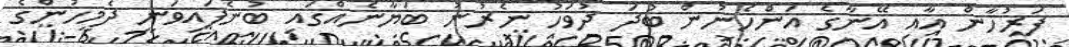
ފަރުހާން އާއި އޭނާގެ އަންހެނުން ބުދަ ދުވަހު ނެރުނު ބަޔާނެއްގައި ބުނެފައިވަނީ ދެމީހުންގެ